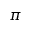
\pi